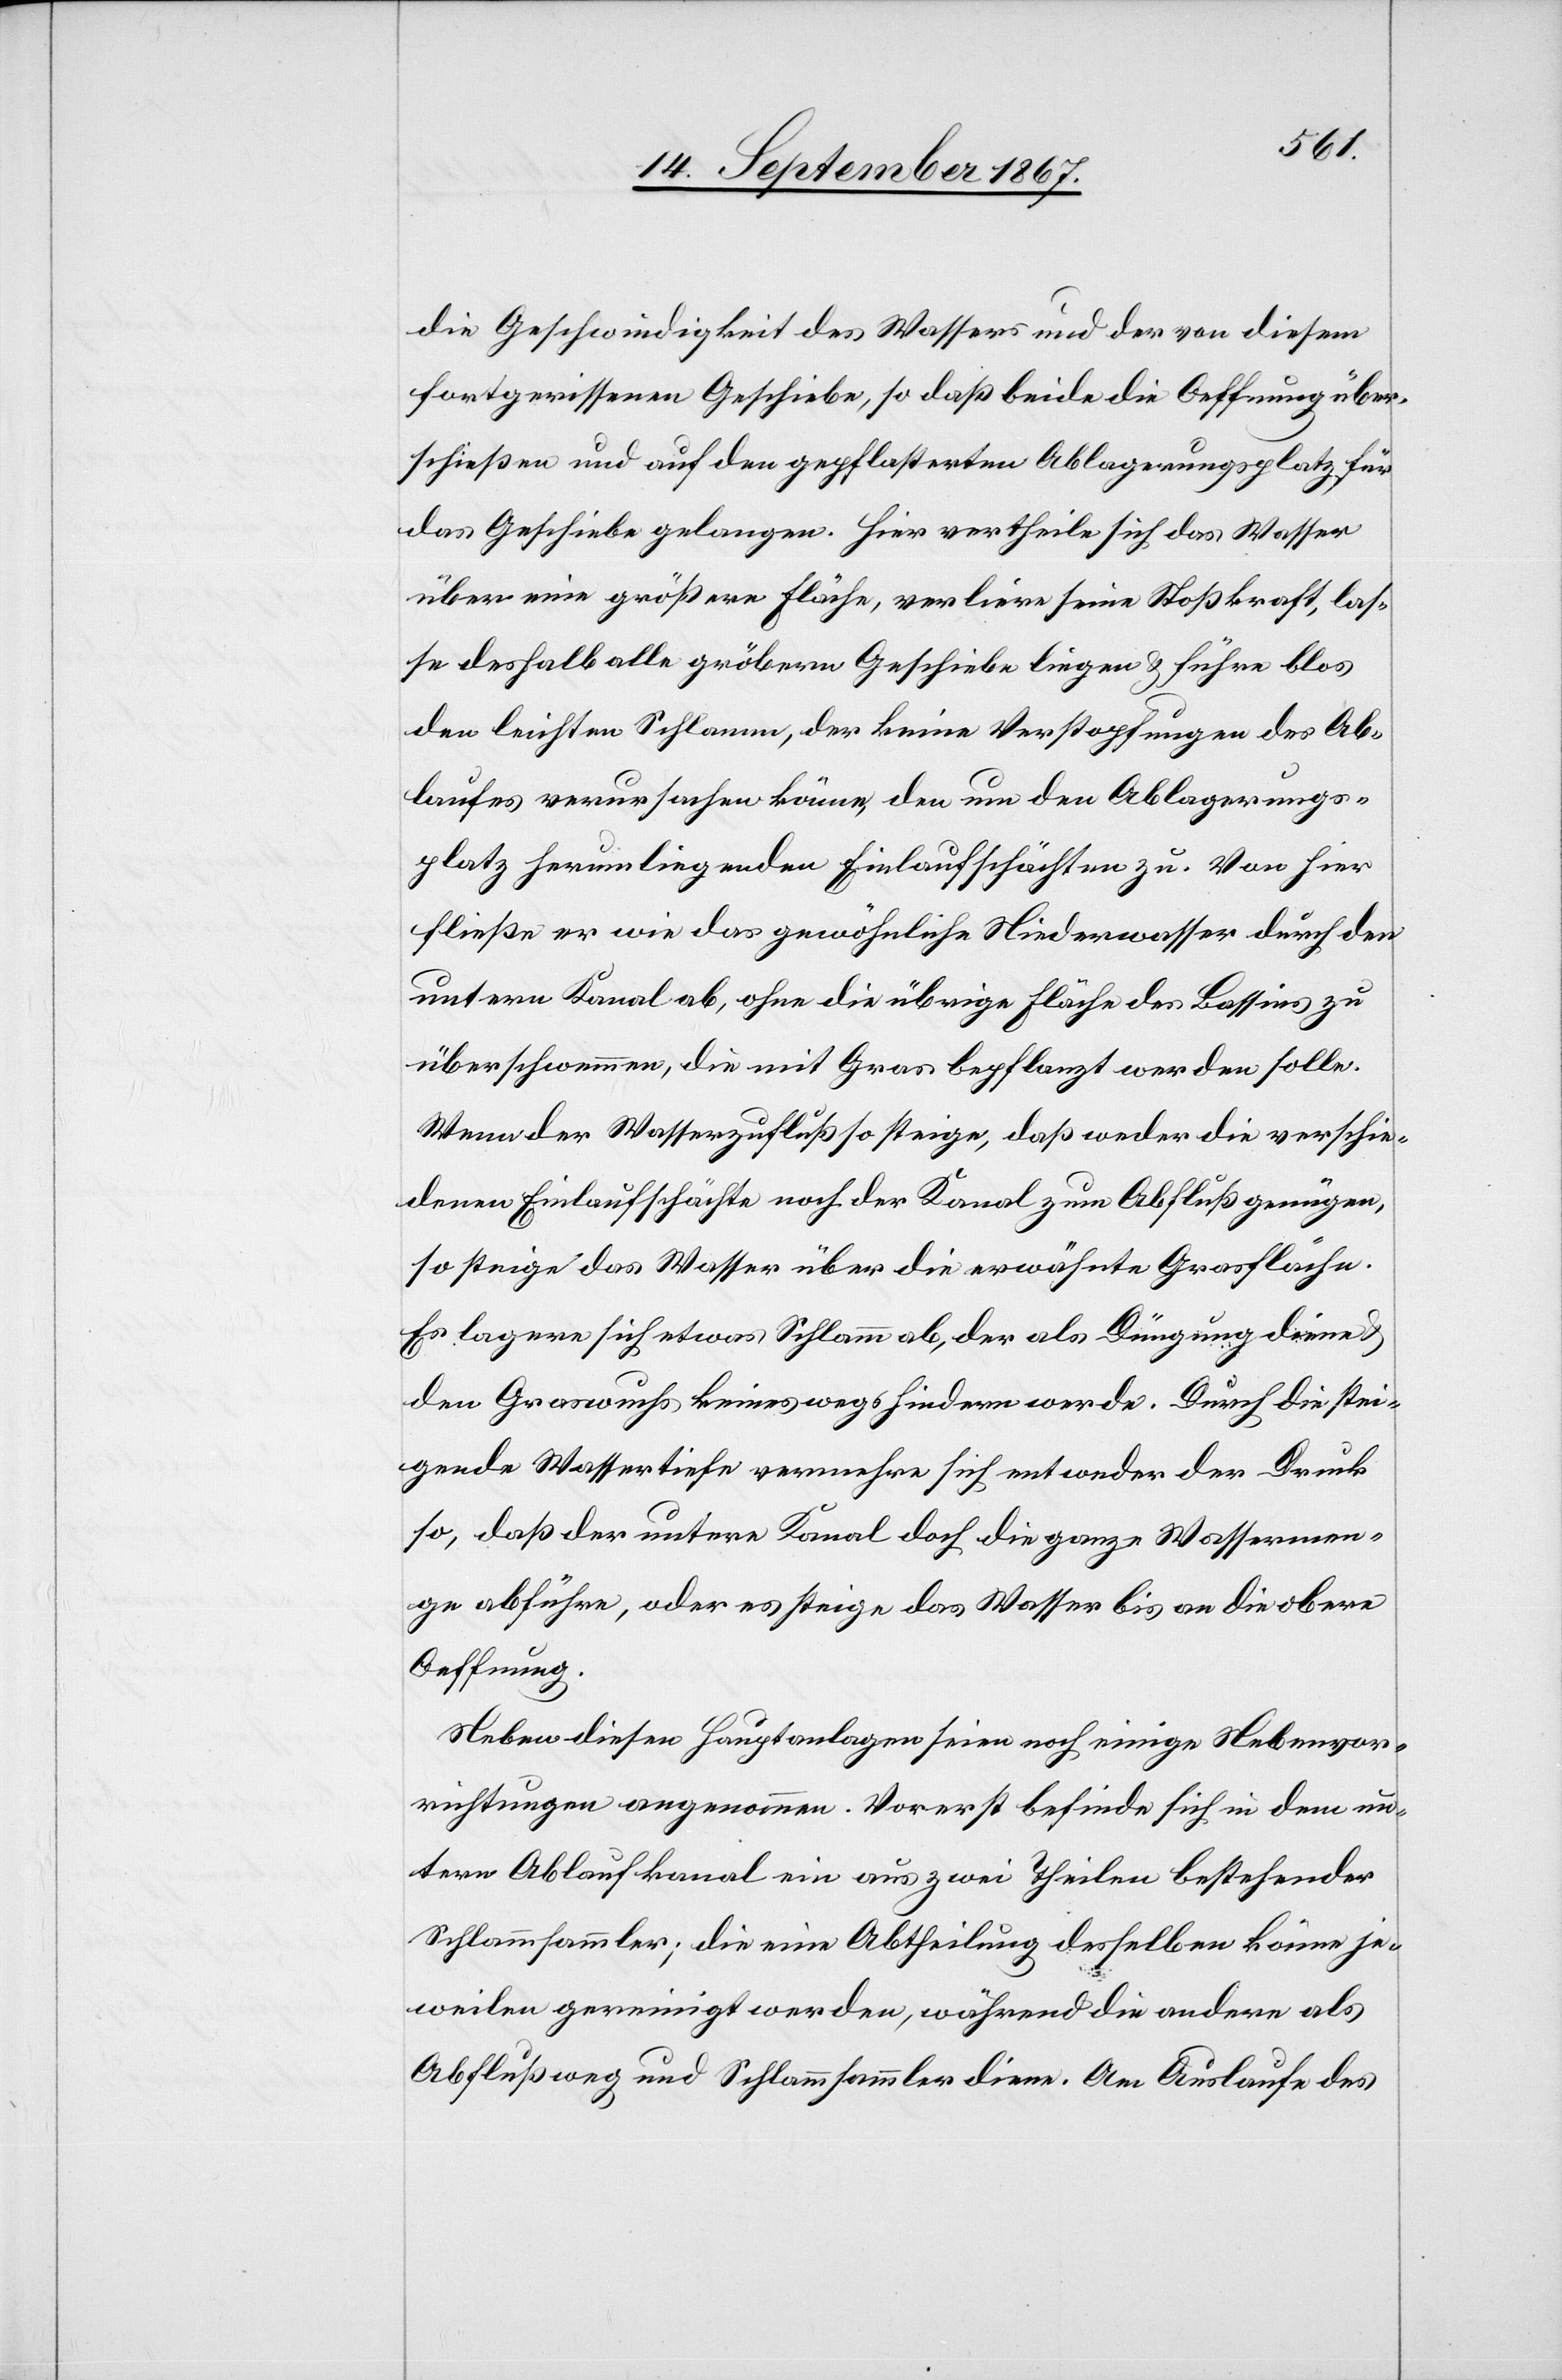
die Geschwindigkeit des Wassers und der von diesem
fortgerissenen Geschiebe, so daß beide die Oeffnung über¬
schließen und auf den gepflasterten Ablagerungsplatz für
das Geschiebe gelangen. Hier vertheile sich das Wasser
über eine größere Fläche, verliere seine Stoßkraft, las¬
se deshalb alle gröberen Geschiebe liegen u. führe blos
den leichten Schlamm, der keine Verstopfungen des Ab¬
laufes verursachen könne, den um den Ablagerungs¬
platz herumliegenden Einlaufschächten zu. Von hier
fließe er wie das gewöhnliche Niederwasser durch den
untern Kanal ab, ohne die übrige Fläche des Bassins zu
überschwemmen, die mit Gras bepflanzt werden solle.
Wenn der Wasserzufluß steige, daß weder die verschie¬
denen Einlaufschächte noch der Kanal zum Abfluß genügen,
so steige das Wasser über die erwähnte Grasfläche.
Es lagere sich etwas Schlamm ab, der als Düngung diene
den Graswuchs keineswegs hindern werde. Durch die stei¬
gende Wassertiefe vermehre sich entweder der Druck
so, daß der untere Kanal doch die ganze Wassermen¬
ge abführe, oder es steige das Wasser bis an die obere
Oeffnung.
Neben diesen Hauptanlagen seien noch einige Nebenvor¬
richtungen angenommen. Vorerst befinde sich in dem un¬
tern Ablaufkanal ein aus zwei Theilen bestehender
Schlammsammler; die eine Abtheilung desselben könne je¬
weilen gereinigt werden, während die andere als
Abflußweg und Schlammsammler diene. Am Auslaufe des